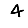
Digit: 4